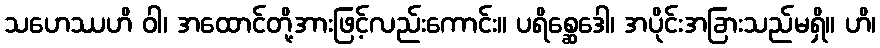
သဟေဿဟိ ဝါ၊ အထောင်တို့အားဖြင့်လည်းကောင်း။ ပရိစ္ဆေဒေါ၊ အပိုင်းအခြားသည်မရှိ။ ဟိ၊